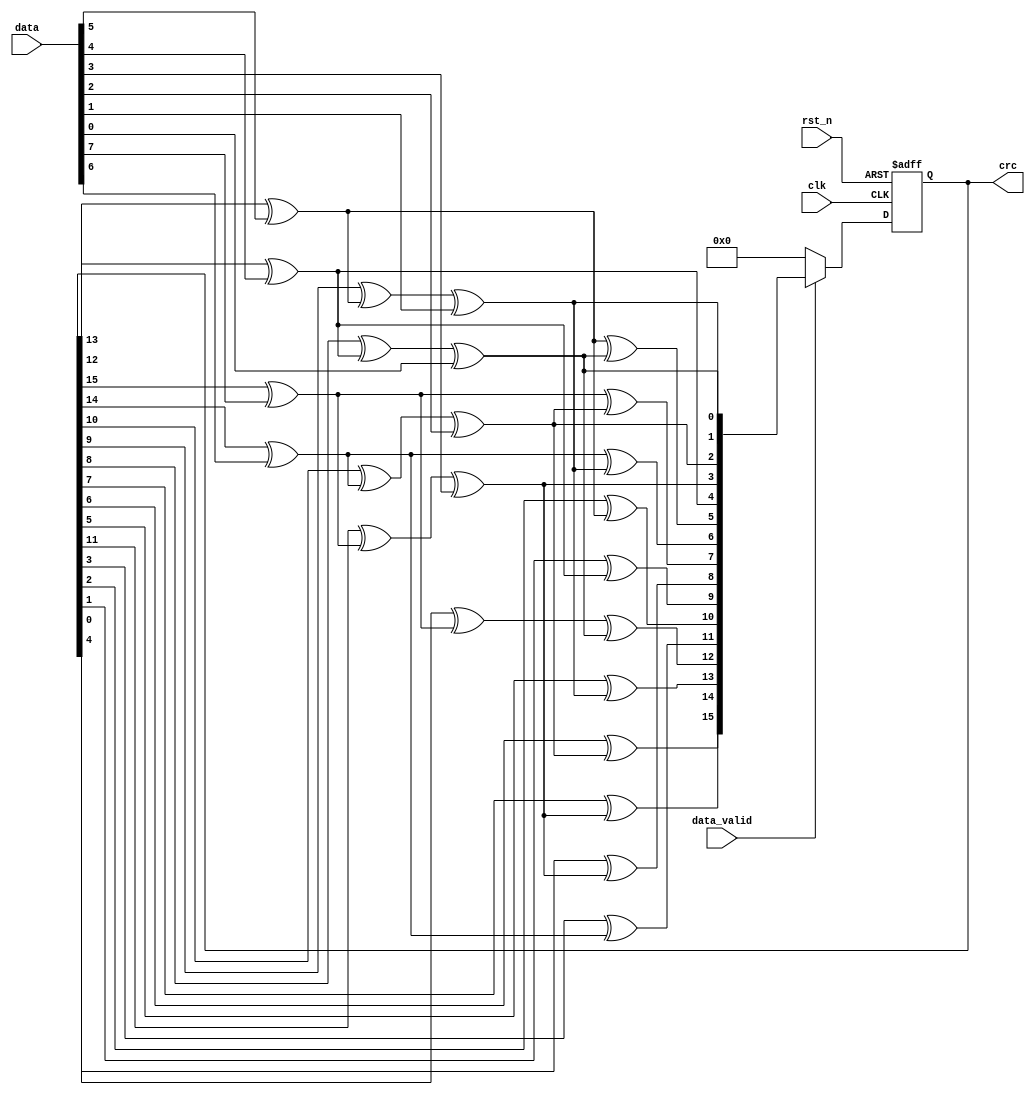
/*************************LFSR**************************/
module CRC_16_parallel_2(
    input            rst_n,     /*async reset,active low*/
    input            clk,     /*clock input*/
    input     [7:0]  data, /*parallel data input pins */
    input            data_valid, /* data valid,start to generate CRC, active high*/
    output reg[15:0] crc
);
 
integer i;
reg feedback;
reg [15:0] crc_tmp;
/*
*sequential process
*/
always @(posedge clk or negedge rst_n)
begin
    if(!rst_n) 
        crc <= 16'b0;          /* */
    else if(data_valid==1'b0)
        crc <= 16'b0;
    else
        crc <= crc_tmp;
end
/*
*   combination process
*/
always@( data or crc)
begin
    crc_tmp = crc;
    for(i=7; i>=0; i=i-1)
    begin
        feedback    = crc_tmp[15] ^ data[i];
        crc_tmp[15]  = crc_tmp[14];
        crc_tmp[14]  = crc_tmp[13];
        crc_tmp[13]  = crc_tmp[12];
        crc_tmp[12]  = crc_tmp[11] ^ feedback;
        crc_tmp[11]  = crc_tmp[10] ;
        crc_tmp[10]  = crc_tmp[9];
        crc_tmp[9]   = crc_tmp[8];
        crc_tmp[8]   = crc_tmp[7];
        crc_tmp[7]   = crc_tmp[6];
        crc_tmp[6]   = crc_tmp[5];
        crc_tmp[5]   = crc_tmp[4] ^ feedback;
        crc_tmp[4]   = crc_tmp[3];
        crc_tmp[3]   = crc_tmp[2];
        crc_tmp[2]   = crc_tmp[1];
        crc_tmp[1]   = crc_tmp[0];
        crc_tmp[0]   = feedback;
     end
end
endmodule